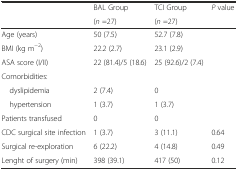
| <ROWSPAN=2>  | BAL Group | TCI Group | P value |
 | (n =27) | (n =27) |  |
 | --- | --- | --- | --- |
 | Age (years) | 50 (7.5) | 52.7 (7.8) |  |
 | BMI (kg m−2) | 22.2 (2.7) | 23.1 (2.9) |  |
 | ASA score (I/II) | 22 (81.4)/5 (18.6) | 25 (92.6)/2 (7.4) |  |
 | <COLSPAN=4> Comorbidities: |
 | dyslipidemia | 2 (7.4) | 0 |  |
 | hypertension | 1 (3.7) | 1 (3.7) |  |
 | Patients transfused | 0 | 0 |  |
 | CDC surgical site infection | 1 (3.7) | 3 (11.1) | 0.64 |
 | Surgical re-exploration | 6 (22.2) | 4 (14.8) | 0.49 |
 | Lenght of surgery (min) | 398 (39.1) | 417 (50) | 0.12 |